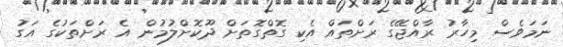
ނަމަވެސް މިހާރު ރާއްޖޭގެ ރަށްތައް އެކި ގޮތްގޮތަށް ދޫކޮށްލުމުން އެ ރަށްތަކުގެ އަގު